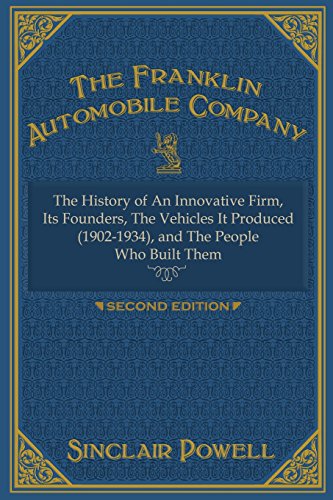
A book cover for The Franklin Automobile Company: This History of The Innovative Firm; Sinclair Powell; Business & Money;